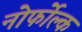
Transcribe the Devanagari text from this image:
नोर्फोल्क